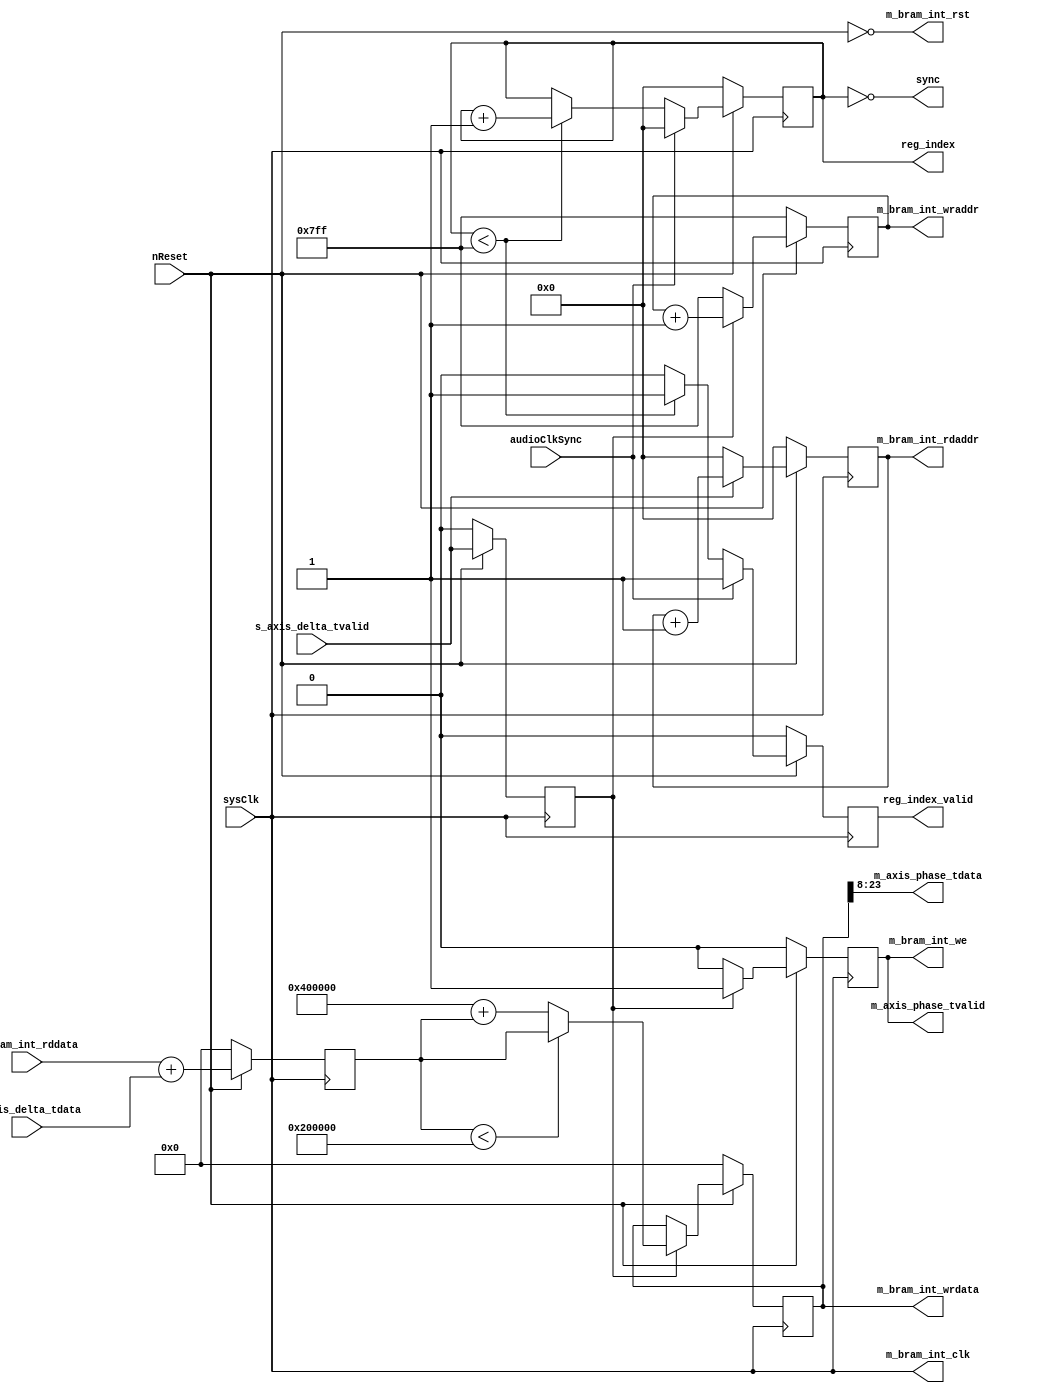
`timescale 1ns / 1ps
//////////////////////////////////////////////////////////////////////////////////
// Company: 
// Engineer: 
// 
// Design Name: 
// Module Name: phase_gen_256
// Project Name: 
// Target Devices: 
// Tool Versions: 
// Description: 
// 
// Dependencies: 
// 
// Revision:
// Revision 0.01 - File Created
// Additional Comments:
// 
//////////////////////////////////////////////////////////////////////////////////

module phase_gen_256(
    input nReset,
    input sysClk,
    input audioClkSync,

    output [10:0] reg_index,
    output reg_index_valid,
    input signed [23:0] s_axis_delta_tdata,
    input s_axis_delta_tvalid,
    
    output [10:0] m_bram_int_rdaddr,
    output [10:0] m_bram_int_wraddr,
    output m_bram_int_clk,
    input signed [23:0] m_bram_int_rddata,
    output signed [23:0] m_bram_int_wrdata,
    output m_bram_int_rst,
    output m_bram_int_we,
    
    output [15:0] m_axis_phase_tdata,
    output m_axis_phase_tvalid,

    output sync
    );
    
parameter signed [23:0] M_TWO = 24'hC00000;
parameter signed [23:0] M_ONE = 24'hE00000;
parameter signed [23:0] ONE = 24'h200000;
    
reg [10:0] index;
reg index_valid;
reg [10:0] bram_int_rdIndex;
reg [10:0] bram_int_wrIndex;
reg signed [23:0] phase;
reg phase_valid;
reg signed [23:0] phasePlusDelta;
reg phasePlusDeltaValid;
    
always @(negedge sysClk)
begin
    if(~nReset)
    begin
        index_valid <= 1'b0;
        index <= 11'h000;
    end
    else
    begin
        if(audioClkSync)
        begin
            index_valid <= 1'b1;
            index <= 11'h000;
        end
        else if(index < 11'h7FF)
        begin
            index_valid <= 1'b1;
            index <= index + 11'h001;
        end
        else
        begin
            index_valid <= 1'b0;
//            index <= index;
        end
    end
end

always @(negedge sysClk)
begin
    if(~nReset)
    begin
        phasePlusDelta <= 24'b000000;
        phasePlusDeltaValid <= 1'b0;
        bram_int_rdIndex <= 11'h000;
    end
    else
    begin
        phasePlusDelta <= m_bram_int_rddata + s_axis_delta_tdata;
        phasePlusDeltaValid <= s_axis_delta_tvalid;
        
        if(s_axis_delta_tvalid)
        begin
            bram_int_rdIndex <= bram_int_rdIndex + 11'h001;
        end
        else
        begin
            bram_int_rdIndex <= 11'h000;
        end
    end
end

always @(negedge sysClk)
begin
    if(~nReset)
    begin
        phase <= 24'h000000;
        phase_valid <= 1'b0;
        bram_int_wrIndex <= 11'h7FF;
    end
    else
    begin
        if(phasePlusDeltaValid)
        begin
            if(phasePlusDelta < ONE)
            begin
                phase <= phasePlusDelta;
            end
            else
            begin
                phase <= M_TWO + phasePlusDelta;
            end
            phase_valid <= 1'b1;
            bram_int_wrIndex <= bram_int_wrIndex + 11'h001;
        end
        else
        begin
//            phase <= phase;
            phase_valid <= 1'b0;
            bram_int_wrIndex <= 11'h7FF;
        end
    end
end

assign reg_index = index;
assign reg_index_valid = index_valid;

assign m_bram_int_rdaddr = bram_int_rdIndex;
assign m_bram_int_wraddr = bram_int_wrIndex;
assign m_bram_int_clk = sysClk;
assign m_bram_int_wrdata = phase;
assign m_bram_int_rst = ~nReset;
assign m_bram_int_we = phase_valid;

assign m_axis_phase_tdata = phase[23:8];
assign m_axis_phase_tvalid = phase_valid;

assign sync = (index == 11'h000);

endmodule